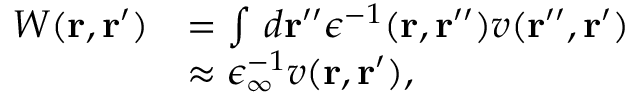
\begin{array} { r l } { W ( \mathbf { r } , \mathbf { r } ^ { \prime } ) } & { = \int \, d \mathbf { r } ^ { \prime \prime } \epsilon ^ { - 1 } ( \mathbf { r } , \mathbf { r } ^ { \prime \prime } ) v ( \mathbf { r } ^ { \prime \prime } , \mathbf { r } ^ { \prime } ) } \\ & { \approx \epsilon _ { \infty } ^ { - 1 } v ( \mathbf { r } , \mathbf { r } ^ { \prime } ) , } \end{array}